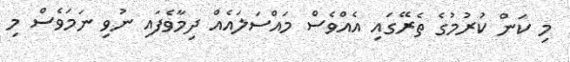
މި ކަން ކުރުމުގެ ތެރޭގައި އެއްވެސް މައްސަލައެއް ދިމާވެފައި ނުވި ނަމަވެސް މި